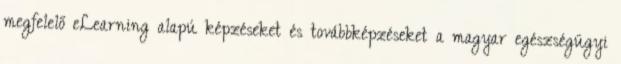
megfelelő eLearning alapú képzéseket és továbbképzéseket a magyar egészségügyi